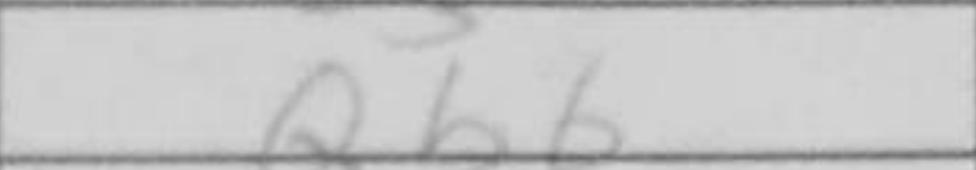
Transcription: Qb6